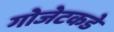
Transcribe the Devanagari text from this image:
गोजेटकडे